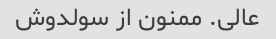
عالی. ممنون از سولدوش